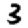
Digit: 3